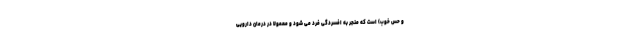
و حس خوب) است که منجر به افسردگی فرد می شود و معمولا در درمان دارویی